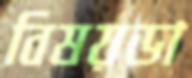
বিষয়ডা